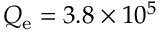
Q _ { \mathrm { e } } = 3 . 8 \times 1 0 ^ { 5 }